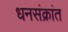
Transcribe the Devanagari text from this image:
धनसंक्रांत